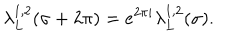
LaTeX: \lambda _ { L } ^ { 1 , 2 } ( \sigma + 2 \pi ) = e ^ { 2 \pi i } \lambda _ { L } ^ { 1 , 2 } ( \sigma ) .